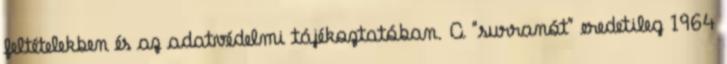
feltételekben és az adatvédelmi tájékoztatóban. A "surranót" eredetileg 1964